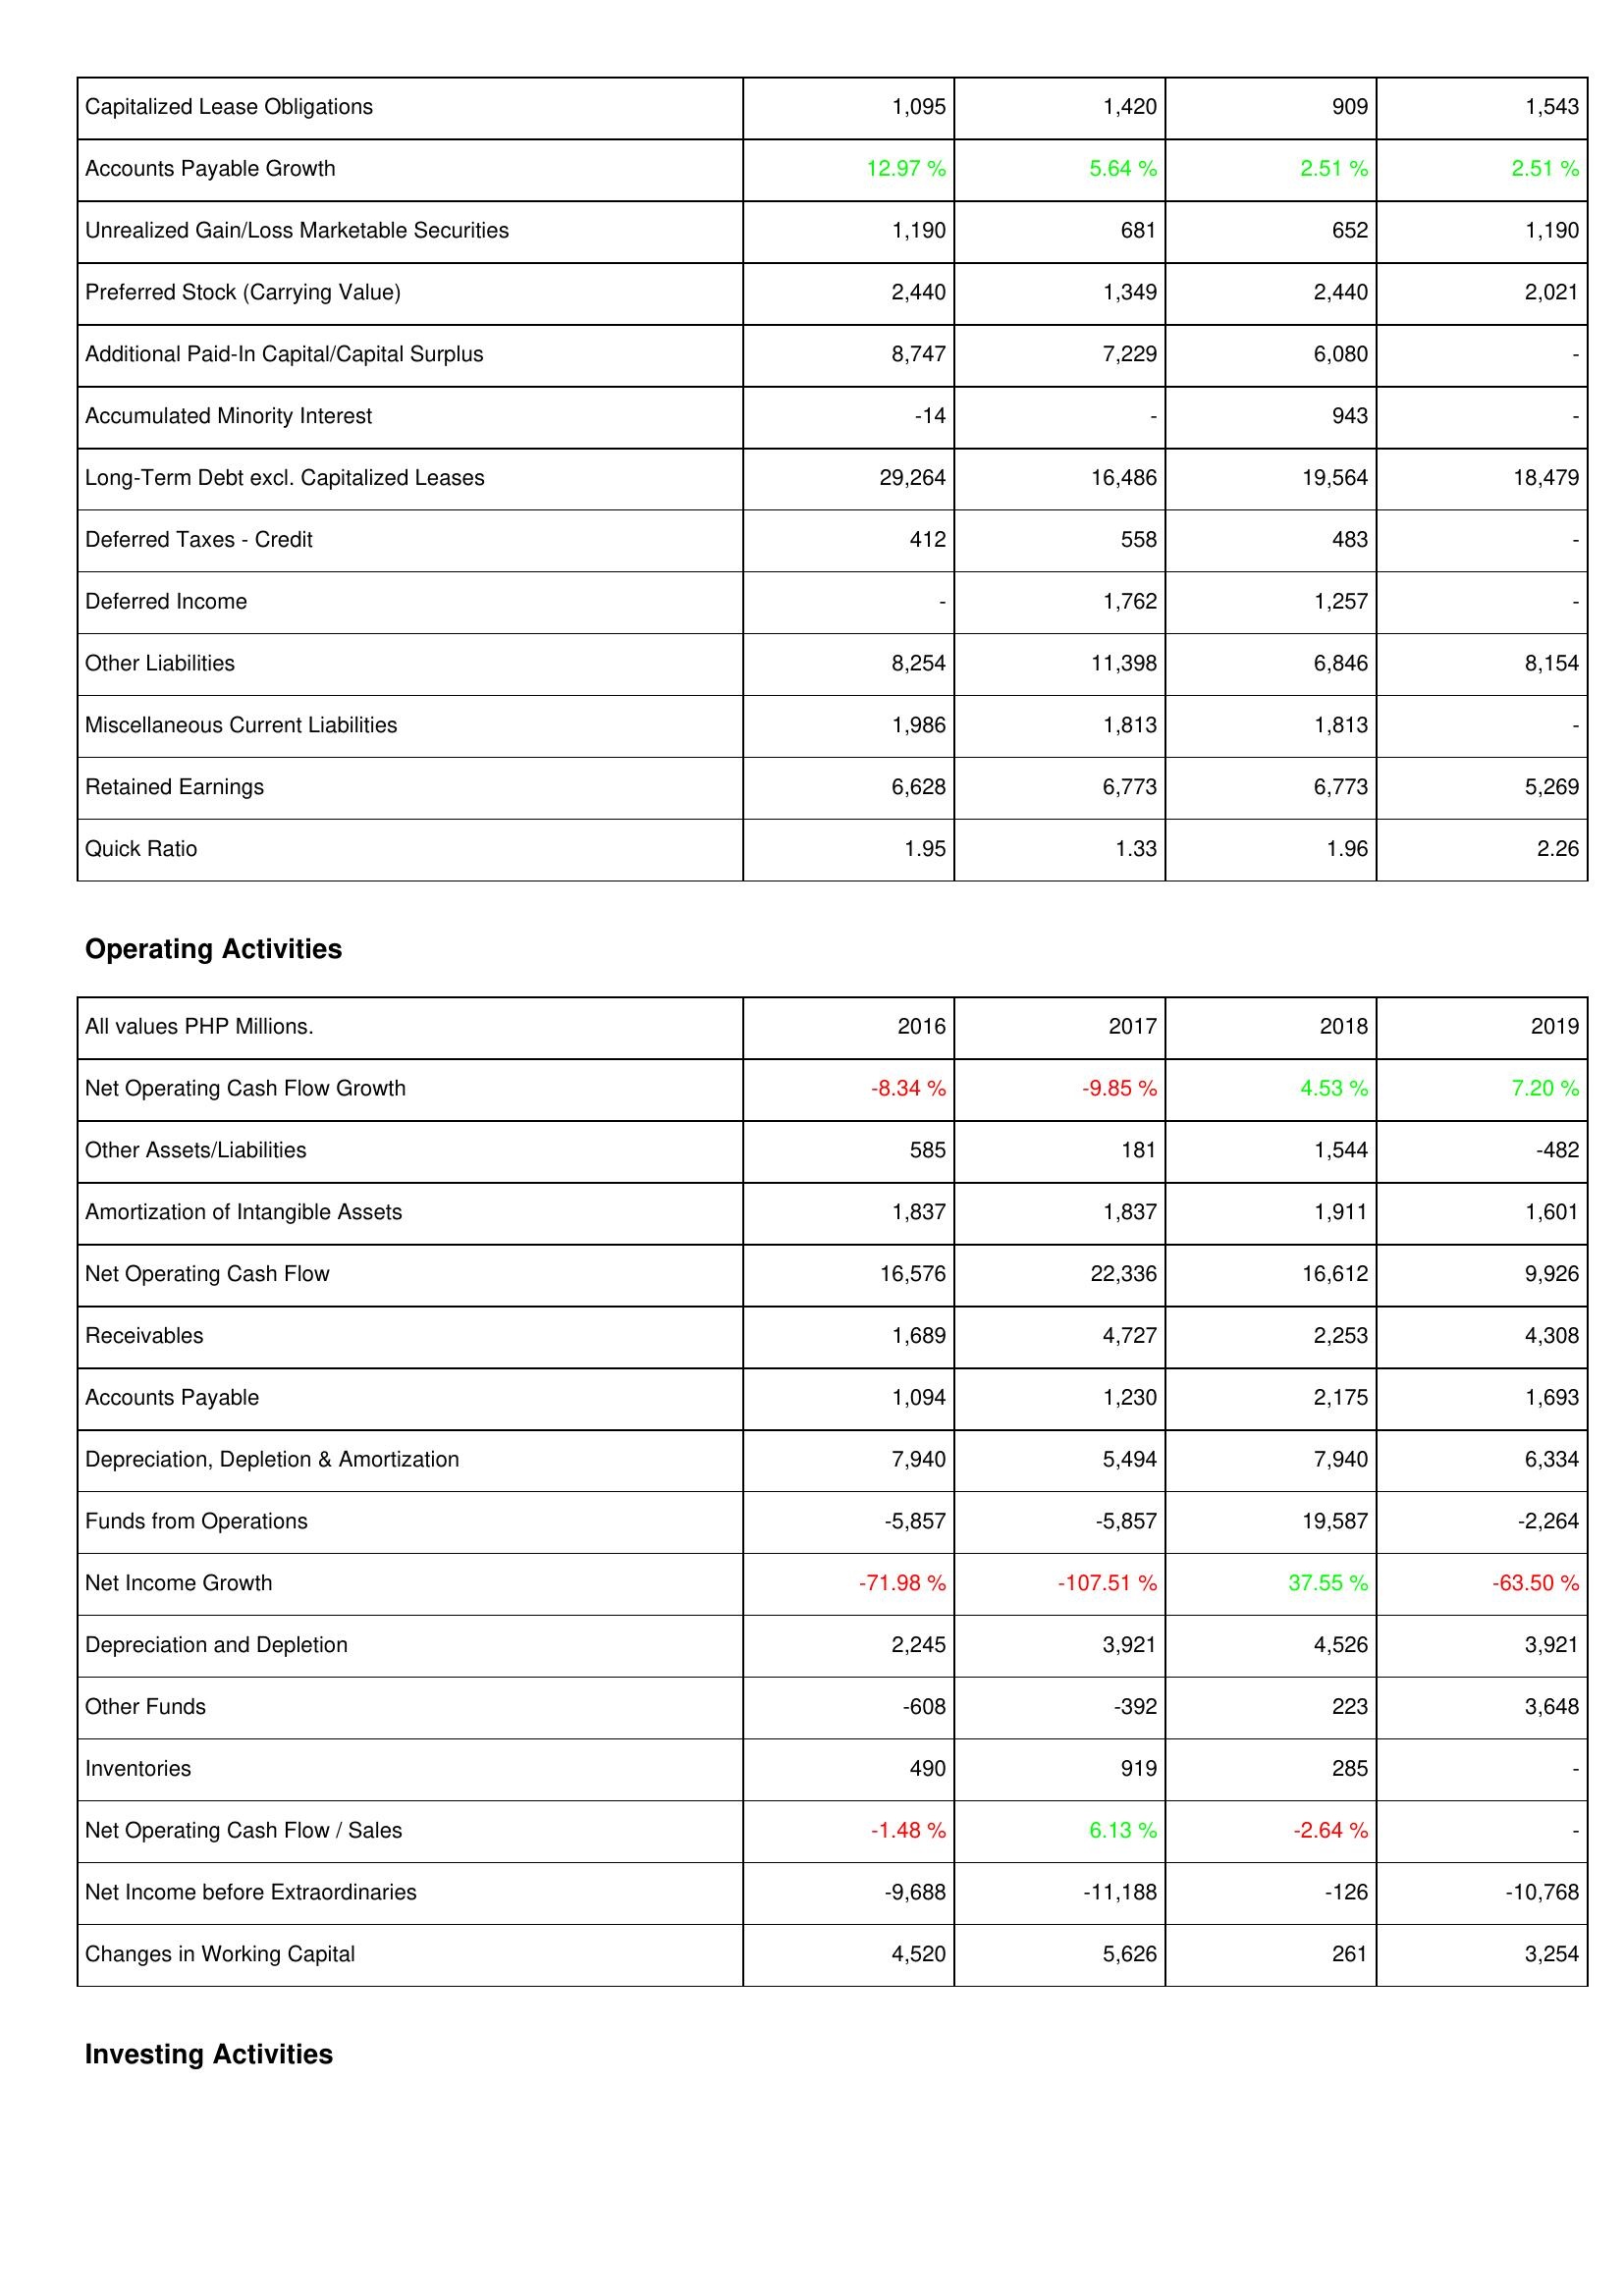
2016: Liabilities & Shareholders' Equity: Capitalized Lease Obligations: 1,095
Accounts Payable Growth: 12.97 %
Unrealized Gain/Loss Marketable Securities: 1,190
Preferred Stock (Carrying Value): 2,440
Additional Paid-In Capital/Capital Surplus: 8,747
Accumulated Minority Interest: -14
Long-Term Debt excl. Capitalized Leases: 29,264
Deferred Taxes - Credit: 412
Deferred Income: -
Other Liabilities: 8,254
Miscellaneous Current Liabilities: 1,986
Retained Earnings: 6,628
Quick Ratio: 1.95
Operating Activities: Net Operating Cash Flow Growth: -8.34 %
Other Assets/Liabilities: 585
Amortization of Intangible Assets: 1,837
Net Operating Cash Flow: 16,576
Receivables: 1,689
Accounts Payable: 1,094
Depreciation, Depletion & Amortization: 7,940
Funds from Operations: -5,857
Net Income Growth: -71.98 %
Depreciation and Depletion: 2,245
Other Funds: -608
Inventories: 490
Net Operating Cash Flow / Sales: -1.48 %
Net Income before Extraordinaries: -9,688
Changes in Working Capital: 4,520
2017: Liabilities & Shareholders' Equity: Capitalized Lease Obligations: 1,420
Accounts Payable Growth: 5.64 %
Unrealized Gain/Loss Marketable Securities: 681
Preferred Stock (Carrying Value): 1,349
Additional Paid-In Capital/Capital Surplus: 7,229
Accumulated Minority Interest: -
Long-Term Debt excl. Capitalized Leases: 16,486
Deferred Taxes - Credit: 558
Deferred Income: 1,762
Other Liabilities: 11,398
Miscellaneous Current Liabilities: 1,813
Retained Earnings: 6,773
Quick Ratio: 1.33
Operating Activities: Net Operating Cash Flow Growth: -9.85 %
Other Assets/Liabilities: 181
Amortization of Intangible Assets: 1,837
Net Operating Cash Flow: 22,336
Receivables: 4,727
Accounts Payable: 1,230
Depreciation, Depletion & Amortization: 5,494
Funds from Operations: -5,857
Net Income Growth: -107.51 %
Depreciation and Depletion: 3,921
Other Funds: -392
Inventories: 919
Net Operating Cash Flow / Sales: 6.13 %
Net Income before Extraordinaries: -11,188
Changes in Working Capital: 5,626
2018: Liabilities & Shareholders' Equity: Capitalized Lease Obligations: 909
Accounts Payable Growth: 2.51 %
Unrealized Gain/Loss Marketable Securities: 652
Preferred Stock (Carrying Value): 2,440
Additional Paid-In Capital/Capital Surplus: 6,080
Accumulated Minority Interest: 943
Long-Term Debt excl. Capitalized Leases: 19,564
Deferred Taxes - Credit: 483
Deferred Income: 1,257
Other Liabilities: 6,846
Miscellaneous Current Liabilities: 1,813
Retained Earnings: 6,773
Quick Ratio: 1.96
Operating Activities: Net Operating Cash Flow Growth: 4.53 %
Other Assets/Liabilities: 1,544
Amortization of Intangible Assets: 1,911
Net Operating Cash Flow: 16,612
Receivables: 2,253
Accounts Payable: 2,175
Depreciation, Depletion & Amortization: 7,940
Funds from Operations: 19,587
Net Income Growth: 37.55 %
Depreciation and Depletion: 4,526
Other Funds: 223
Inventories: 285
Net Operating Cash Flow / Sales: -2.64 %
Net Income before Extraordinaries: -126
Changes in Working Capital: 261
2019: Liabilities & Shareholders' Equity: Capitalized Lease Obligations: 1,543
Accounts Payable Growth: 2.51 %
Unrealized Gain/Loss Marketable Securities: 1,190
Preferred Stock (Carrying Value): 2,021
Additional Paid-In Capital/Capital Surplus: -
Accumulated Minority Interest: -
Long-Term Debt excl. Capitalized Leases: 18,479
Deferred Taxes - Credit: -
Deferred Income: -
Other Liabilities: 8,154
Miscellaneous Current Liabilities: -
Retained Earnings: 5,269
Quick Ratio: 2.26
Operating Activities: Net Operating Cash Flow Growth: 7.20 %
Other Assets/Liabilities: -482
Amortization of Intangible Assets: 1,601
Net Operating Cash Flow: 9,926
Receivables: 4,308
Accounts Payable: 1,693
Depreciation, Depletion & Amortization: 6,334
Funds from Operations: -2,264
Net Income Growth: -63.50 %
Depreciation and Depletion: 3,921
Other Funds: 3,648
Inventories: -
Net Operating Cash Flow / Sales: -
Net Income before Extraordinaries: -10,768
Changes in Working Capital: 3,254